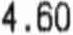
4.60